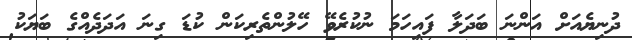
ދުނިޔެއަށް އަންނަ ބަދަލާ ފައިހަމަ ނުކުރެވޭ ހޭލުންތެރިކަން ކުޑަ ގިނަ އަދަދެއްގެ ބަޔަކު